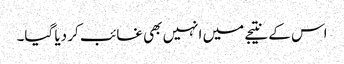
اس کے نتیجے میں انہیں بھی غائب کر دیا گیا۔